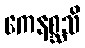
ကေနစ္ဆသိ